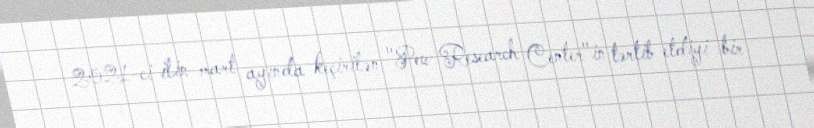
2021-ci ilin mart ayında keçirilən "Pew Research Center"in tərtib etdiyi bir